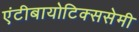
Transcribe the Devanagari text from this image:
एंटीबायोटिक्ससेमी